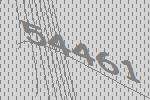
54461